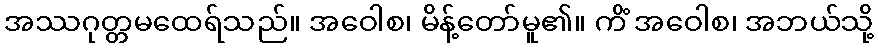
အဿဂုတ္တမထေရ်သည်။ အဝေါစ၊ မိန့်တော်မူ၏။ ကိံ အဝေါစ၊ အဘယ်သို့